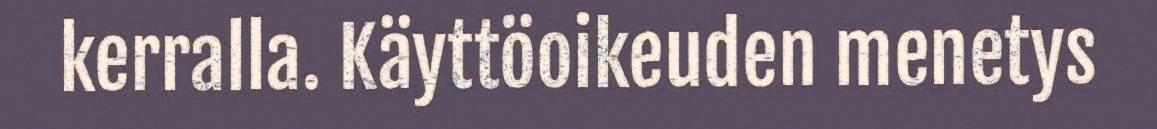
kerralla. Käyttöoikeuden menetys